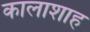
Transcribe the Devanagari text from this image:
कालाशाह